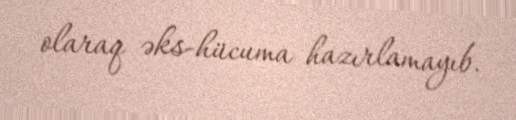
olaraq əks-hücuma hazırlamayıb.